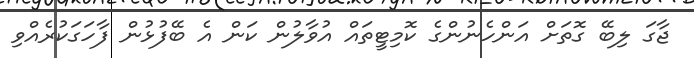
ޖާގަ ލިބޭ ގޮތަށް އަންހެނުންގެ ކޮމިޓީތައް އުވާލުން ކަން އެ ބޭފުޅުން ފާހަގަކުރެއްވި